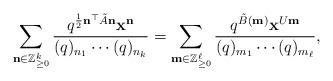
LaTeX: \begin{align*} \sum_{{\bf n} \in \mathbb{Z}^k_{\geq 0}} \frac{q^{\frac12 {\bf n}^\top \tilde{A} {\bf n}} {\bf x}^{{\bf n}}}{(q)_{n_1} \cdots (q)_{n_k}}=\sum_{{\bf m} \in \mathbb{Z}^\ell_{\geq 0}} \frac{q^{\tilde{B}( {\bf m})} {\bf x}^{ U{\bf m}}}{(q)_{m_1} \cdots (q)_{m_\ell}},\end{align*}